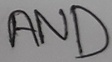
Text: AND